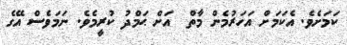
ކަމަށެވެ. އެކަމަށް އަހަރުމެން މާތް  އަށް ޙަމްދު ކުރީމެވެ. ނަމަވެސް އޭގެ